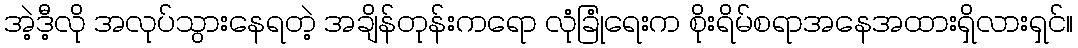
အဲ့ဒီ့လို အလုပ်သွားနေရတဲ့ အချိန်တုန်းကရော လုံခြုံရေးက စိုးရိမ်စရာအနေအထားရှိလားရှင်။